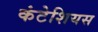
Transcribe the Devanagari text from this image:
कंटेशियस